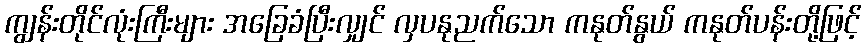
ကျွန်းတိုင်လုံးကြီးများ အခြေခံပြီးလျှင် လှပနုညက်သော ကနုတ်နွယ် ကနုတ်ပန်းတို့ဖြင့်